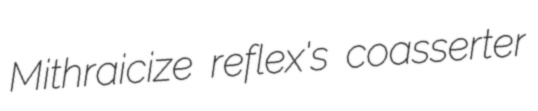
Mithraicize reflex's coasserter